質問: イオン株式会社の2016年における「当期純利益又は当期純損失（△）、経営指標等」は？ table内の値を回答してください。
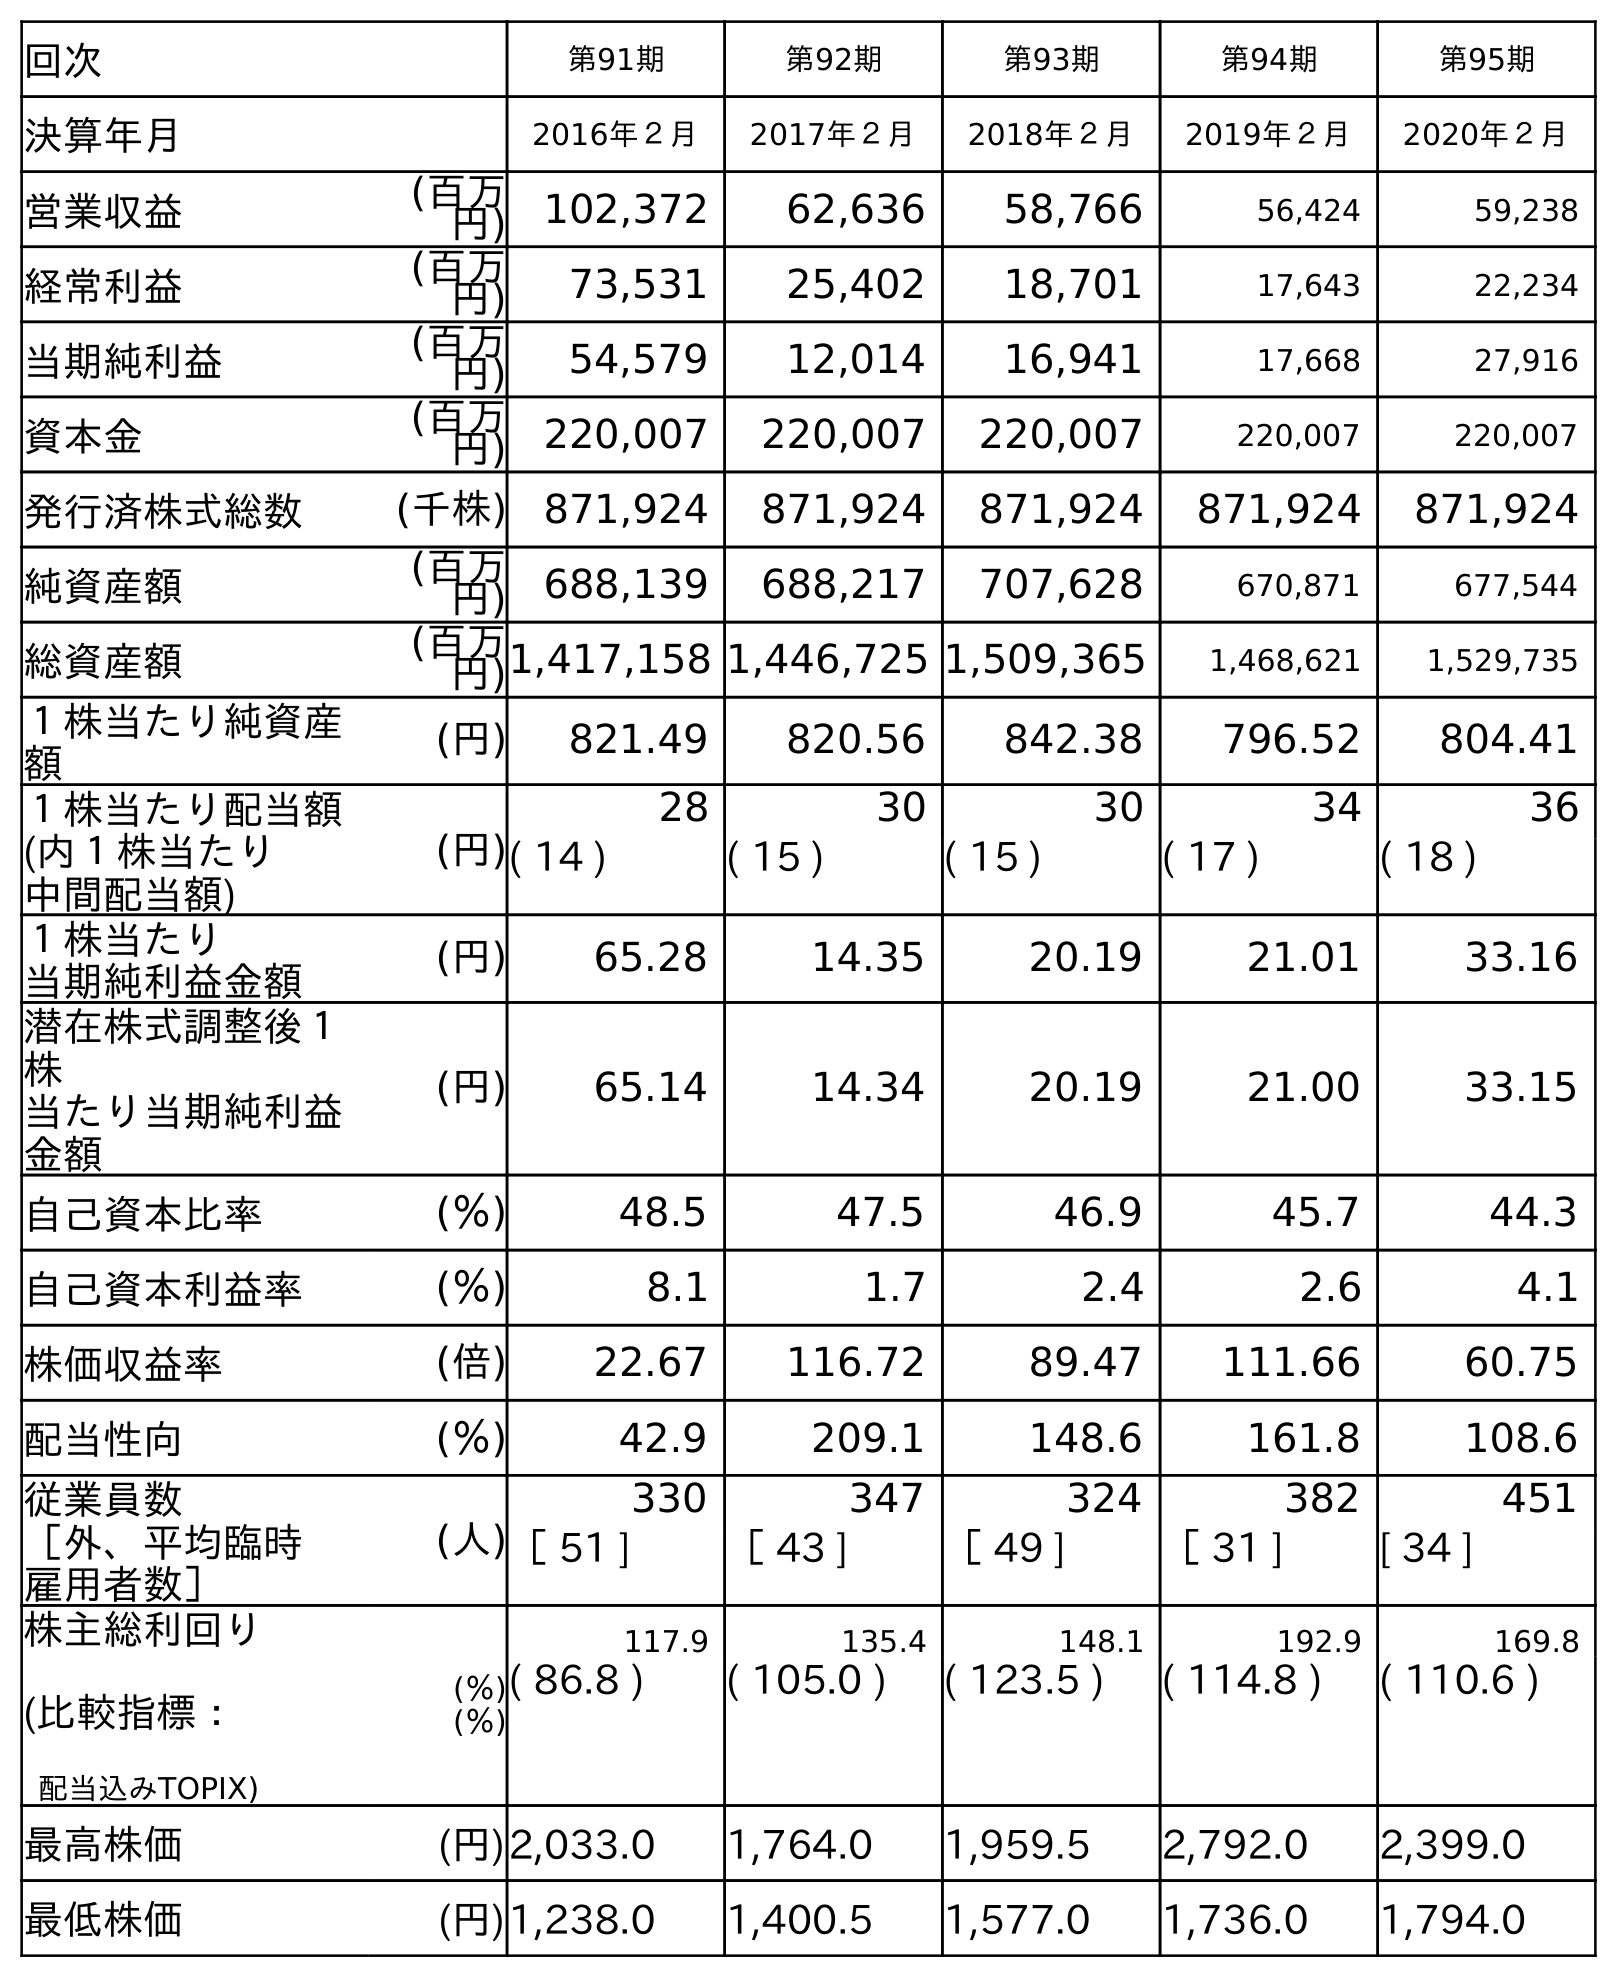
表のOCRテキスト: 回次 第91期 第92期 第93期 第94期 第95期 決算年月 2016年２月 2017年２月 2018年２月 2019年２月 2020年２月 営業収益 (百万 円) 102,372 62,636 58,766 56,424 59,238 経常利益 (百万 円) 73,531 25,402 18,701 17,643 22,234 当期純利益 (百万 円) 54,579 12,014 16,941 17,668 27,916 資本金 (百万 円) 220,007 220,007 220,007 220,007 220,007 発行済株式総数 (千株) 871,924 871,924 871,924 871,924 871,924 純資産額 (百万 円) 688,139 688,217 707,628 670,871 677,544 総資産額 (百万 円)1,417,158 1,446,725 1,509,365 1,468,621 1,529,735 １株当たり純資産 額 (円) 821.49 820.56 842.38 796.52 804.41 １株当たり配当額 (内１株当たり 中間配当額) (円) 28 30 30 34 36 ( 14 ) ( 15 ) ( 15 ) ( 17 ) ( 18 ) １株当たり 当期純利益金額 (円) 65.28 14.35 20.19 21.01 33.16 潜在株式調整後１ 株 当たり当期純利益 金額 (円) 65.14 14.34 20.19 21.00 33.15 自己資本比率 (％) 48.5 47.5 46.9 45.7 44.3 自己資本利益率 (％) 8.1 1.7 2.4 2.6 4.1 株価収益率 (倍) 22.67 116.72 89.47 111.66 60.75 配当性向 (％) 42.9 209.1 148.6 161.8 108.6 従業員数 ［外、平均臨時 雇用者数］ (人) 330 347 324 382 451 ［ 51 ] ［ 43 ] ［ 49 ] ［ 31 ] [ 34 ] 株主総利回り (比較指標： 配当込みTOPIX) (％) (％) 117.9 135.4 148.1 192.9 169.8 ( 86.8 ) ( 105.0 ) ( 123.5 ) ( 114.8 ) ( 110.6 ) 最高株価 (円)2,033.0 1,764.0 1,959.5 2,792.0 2,399.0 最低株価 (円)1,238.0 1,400.5 1,577.0 1,736.0 1,794.0
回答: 54,579